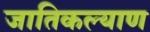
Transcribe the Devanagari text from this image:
जातिकल्याण